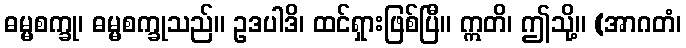
ဓမ္မစက္ခု၊ ဓမ္မစက္ခုသည်။ ဥဒပါဒိ၊ ထင်ရှားဖြစ်ပြီ။ ဣတိ၊ ဤသို့။ (အာဂတံ၊